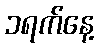
၁ရက်နေ့